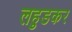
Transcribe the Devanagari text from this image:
लहुडकर